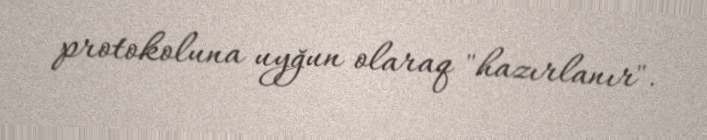
protokoluna uyğun olaraq "hazırlanır".